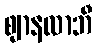
ဈာနလာဘီ